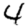
Digit: 4